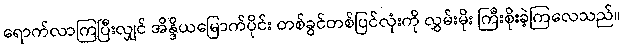
ရောက်လာကြပြီးလျှင် အိန္ဒိယမြောက်ပိုင်း တစ်ခွင်တစ်ပြင်လုံးကို လွှမ်းမိုး ကြီးစိုးခဲ့ကြလေသည်။